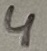
Text: 4